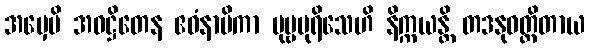
အမှေပိ အဝဋ္ဌိတေန ဧဝံနာမိကာ ပုဗ္ဗပုရိသေဟိ နိက္ကယန္တိ တဒနုဝတ္တိတာယ